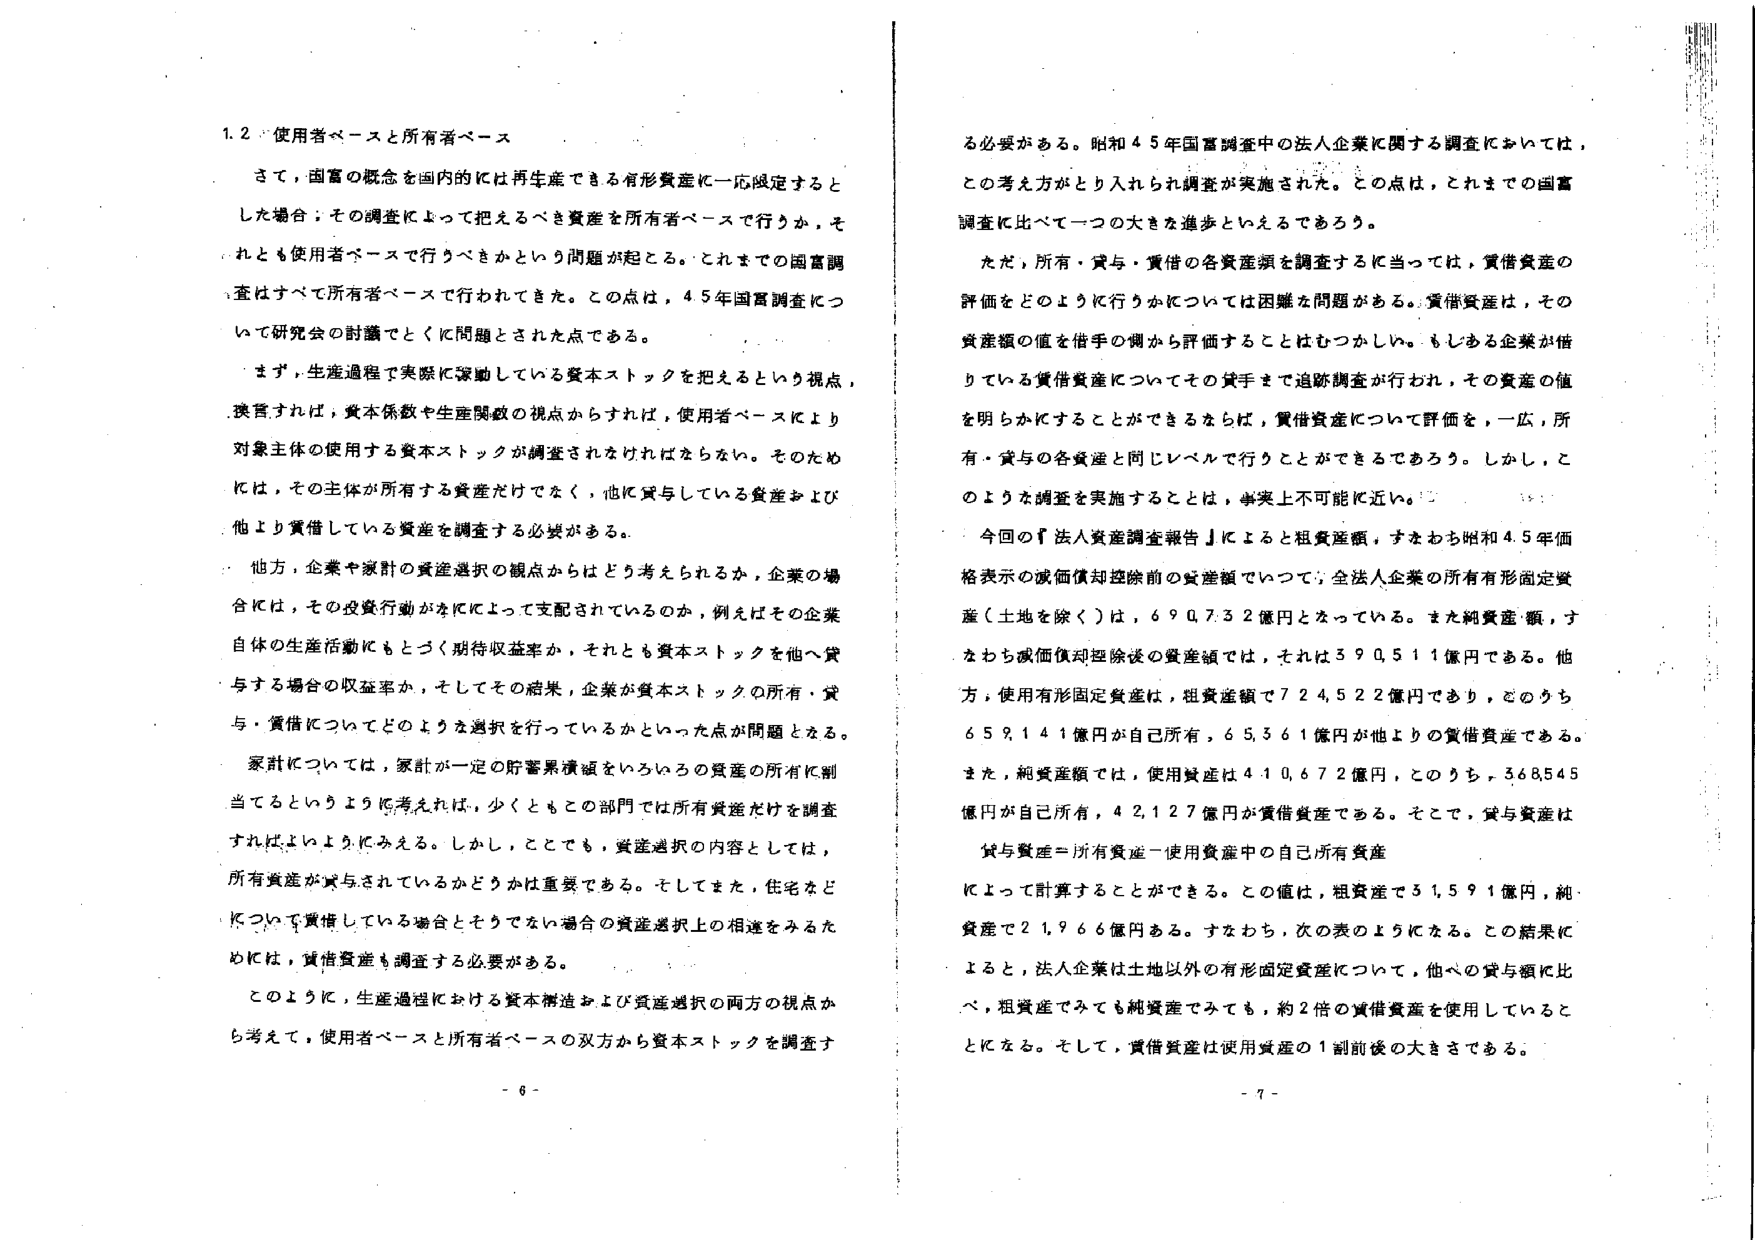
1.2 使用者ベースと所有者ベース

さて、国富の概念を国内的には再生産できる有形資産に一応限定すると
した場合；その調査によって把えるべき資産を所有者ベースで行うか，そ
れとも使用者ベースで行うべきかという問題が起こる。これまでの国富調
査はすべて所有者ベースで行われてきた。この点は，45年国富調査につ
いて研究会の討議でとくに問題とされた点である。

まず，生産過程で実際に稼動している資本ストックを把えるという視点，
換言すれば，資本係数や生産関数の視点からすれば，使用者ベースにより
対象主体の使用する資本ストックが調査されなければならない。そのため
には，その主体が所有する資産だけでなく，他に貸与している資産および
他より賃借している資産を調査する必要がある。

他方，企業や家計の資産選択の観点からはどう考えられるか，企業の場
合には，その投資行動がなにによって支配されているのか，例えばその企業
自体の生産活動にもとづく期待収益率か，それとも資本ストックを他へ貸
与する場合の収益率か，そしてその結果，企業が資本ストックの所有・貸
与・賃借についてどのような選択を行っているかといった点が問題となる。

家計については，家計が一定の貯蓄累積額をいろいろの資産の所有に割
当てるというように考えれば，少なくともこの部門では所有資産だけを調査
すればよいようにみえる。しかし，ここでも，資産選択の内容としては，
所有資産が貸与されているかどうかは重要である。そしてまた，住宅など
について賃借している場合とそうでない場合の資産選択上の相違をみるた
めには，賃借資産も調査する必要がある。

このように，生産過程における資本構造および資産選択の両方の視点か
ら考えて，使用者ベースと所有者ベースの双方から資本ストックを調査す

- 6 -

る必要がある。昭和45年国富調査中の法人企業に関する調査においては，
との考え方がとり入れられ調査が実施された。この点は，これまでの国富
調査に比べて一つの大きな進歩といえるであろう。

ただ，所有・貸与・賃借の各資産額を調査するに当っては，賃借資産の
評価をどのように行うかについては困難な問題がある。賃借資産は，その
資産額の値を借手の側から評価することはむつかしい。もしある企業が借
りている賃借資産についてその貸手まで追跡調査が行われ，その資産の値
を明らかにすることができるならば，賃借資産について評価を，一応，所
有・貸与の各資産と同じレベルで行うことができるであろう。しかし，こ
のような調査を実施することは，事実上不可能に近い。

今回の『法人資産調査報告』によると租賃資額，すなわち昭和45年価
格表示の減価償却控除前の資産額でいって，全法人企業の所有有形固定資
産（土地を除く）は，690,732億円となっている。また純資産額，す
なわち減価償却控除後の資産額では，それは390,511億円である。他
方，使用有形固定資産は，租賃資額で724,522億円であり，どのうち
659,141億円が自己所有，65,361億円が他よりの賃借資産である。
また，純資産額では，使用資産は410,672億円，このうち，368,545
億円が自己所有，42,127億円が賃借資産である。そこで，貸与資産は

貸与資産＝所有資産－使用資産中の自己所有資産

によって計算することができる。この値は，租賃資産で31,591億円，純
資産で21,966億円ある。すなわち，次の表のようになる。この結果に
よると，法人企業は土地以外の有形固定資産について，他への貸与額に比
べ，租賃資産でみても純資産でみても，約2倍の賃借資産を使用していると
となる。そして，賃借資産は使用資産の1割前後の大きさである。

- 7 -